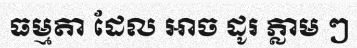
ធម្មតា ដែល អាច ដូរ ភ្លាម ៗ